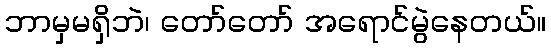
ဘာမှမရှိဘဲ၊ တော်တော် အရောင်မွဲနေတယ်။